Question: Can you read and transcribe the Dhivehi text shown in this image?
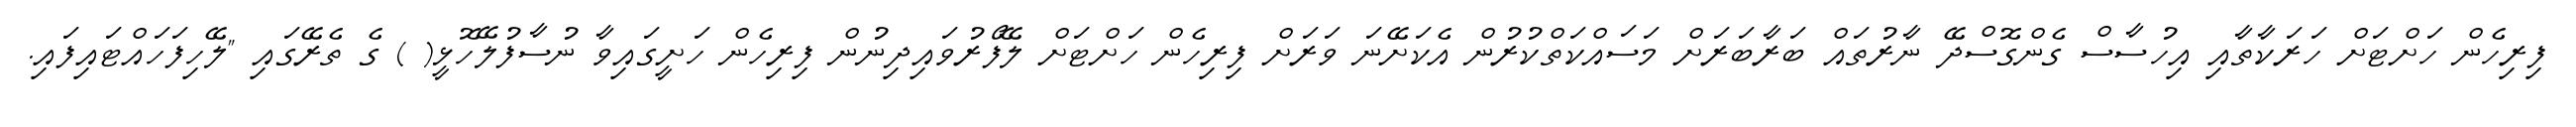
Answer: ފިރިހެން ހަށްޓަށް ހަރަކާތާއި އިހުސާސް ގެންގޮސްދޭ ނާރުތައް ބަރާބަރަށް މަސައްކަތްކުރުން އެކަށޭނަ ވަރަށް ފިރިހެން ހަށްޓަށް ލޭފޯރުވައިދިނުން ފިރިހެން ހަށީގައިވާ ނުސާފުލޭހޮޅީ( ) ގެ ތެރޭގައި "ލޭހިފަހައްޓައިފައި.